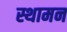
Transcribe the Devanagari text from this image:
स्थामन